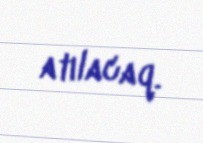
atılacaq.